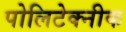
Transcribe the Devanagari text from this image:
पोलिटेक्नीक